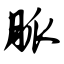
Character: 胍